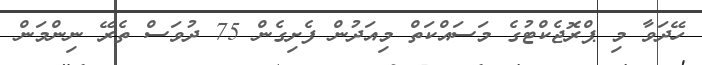
ހޭދަވާ މި ޕްރޮޖެކްޓުގެ މަސައްކަތް މިއަދުން ފެށިގެން 75 ދުވަސް ތެރޭ ނިންމަން